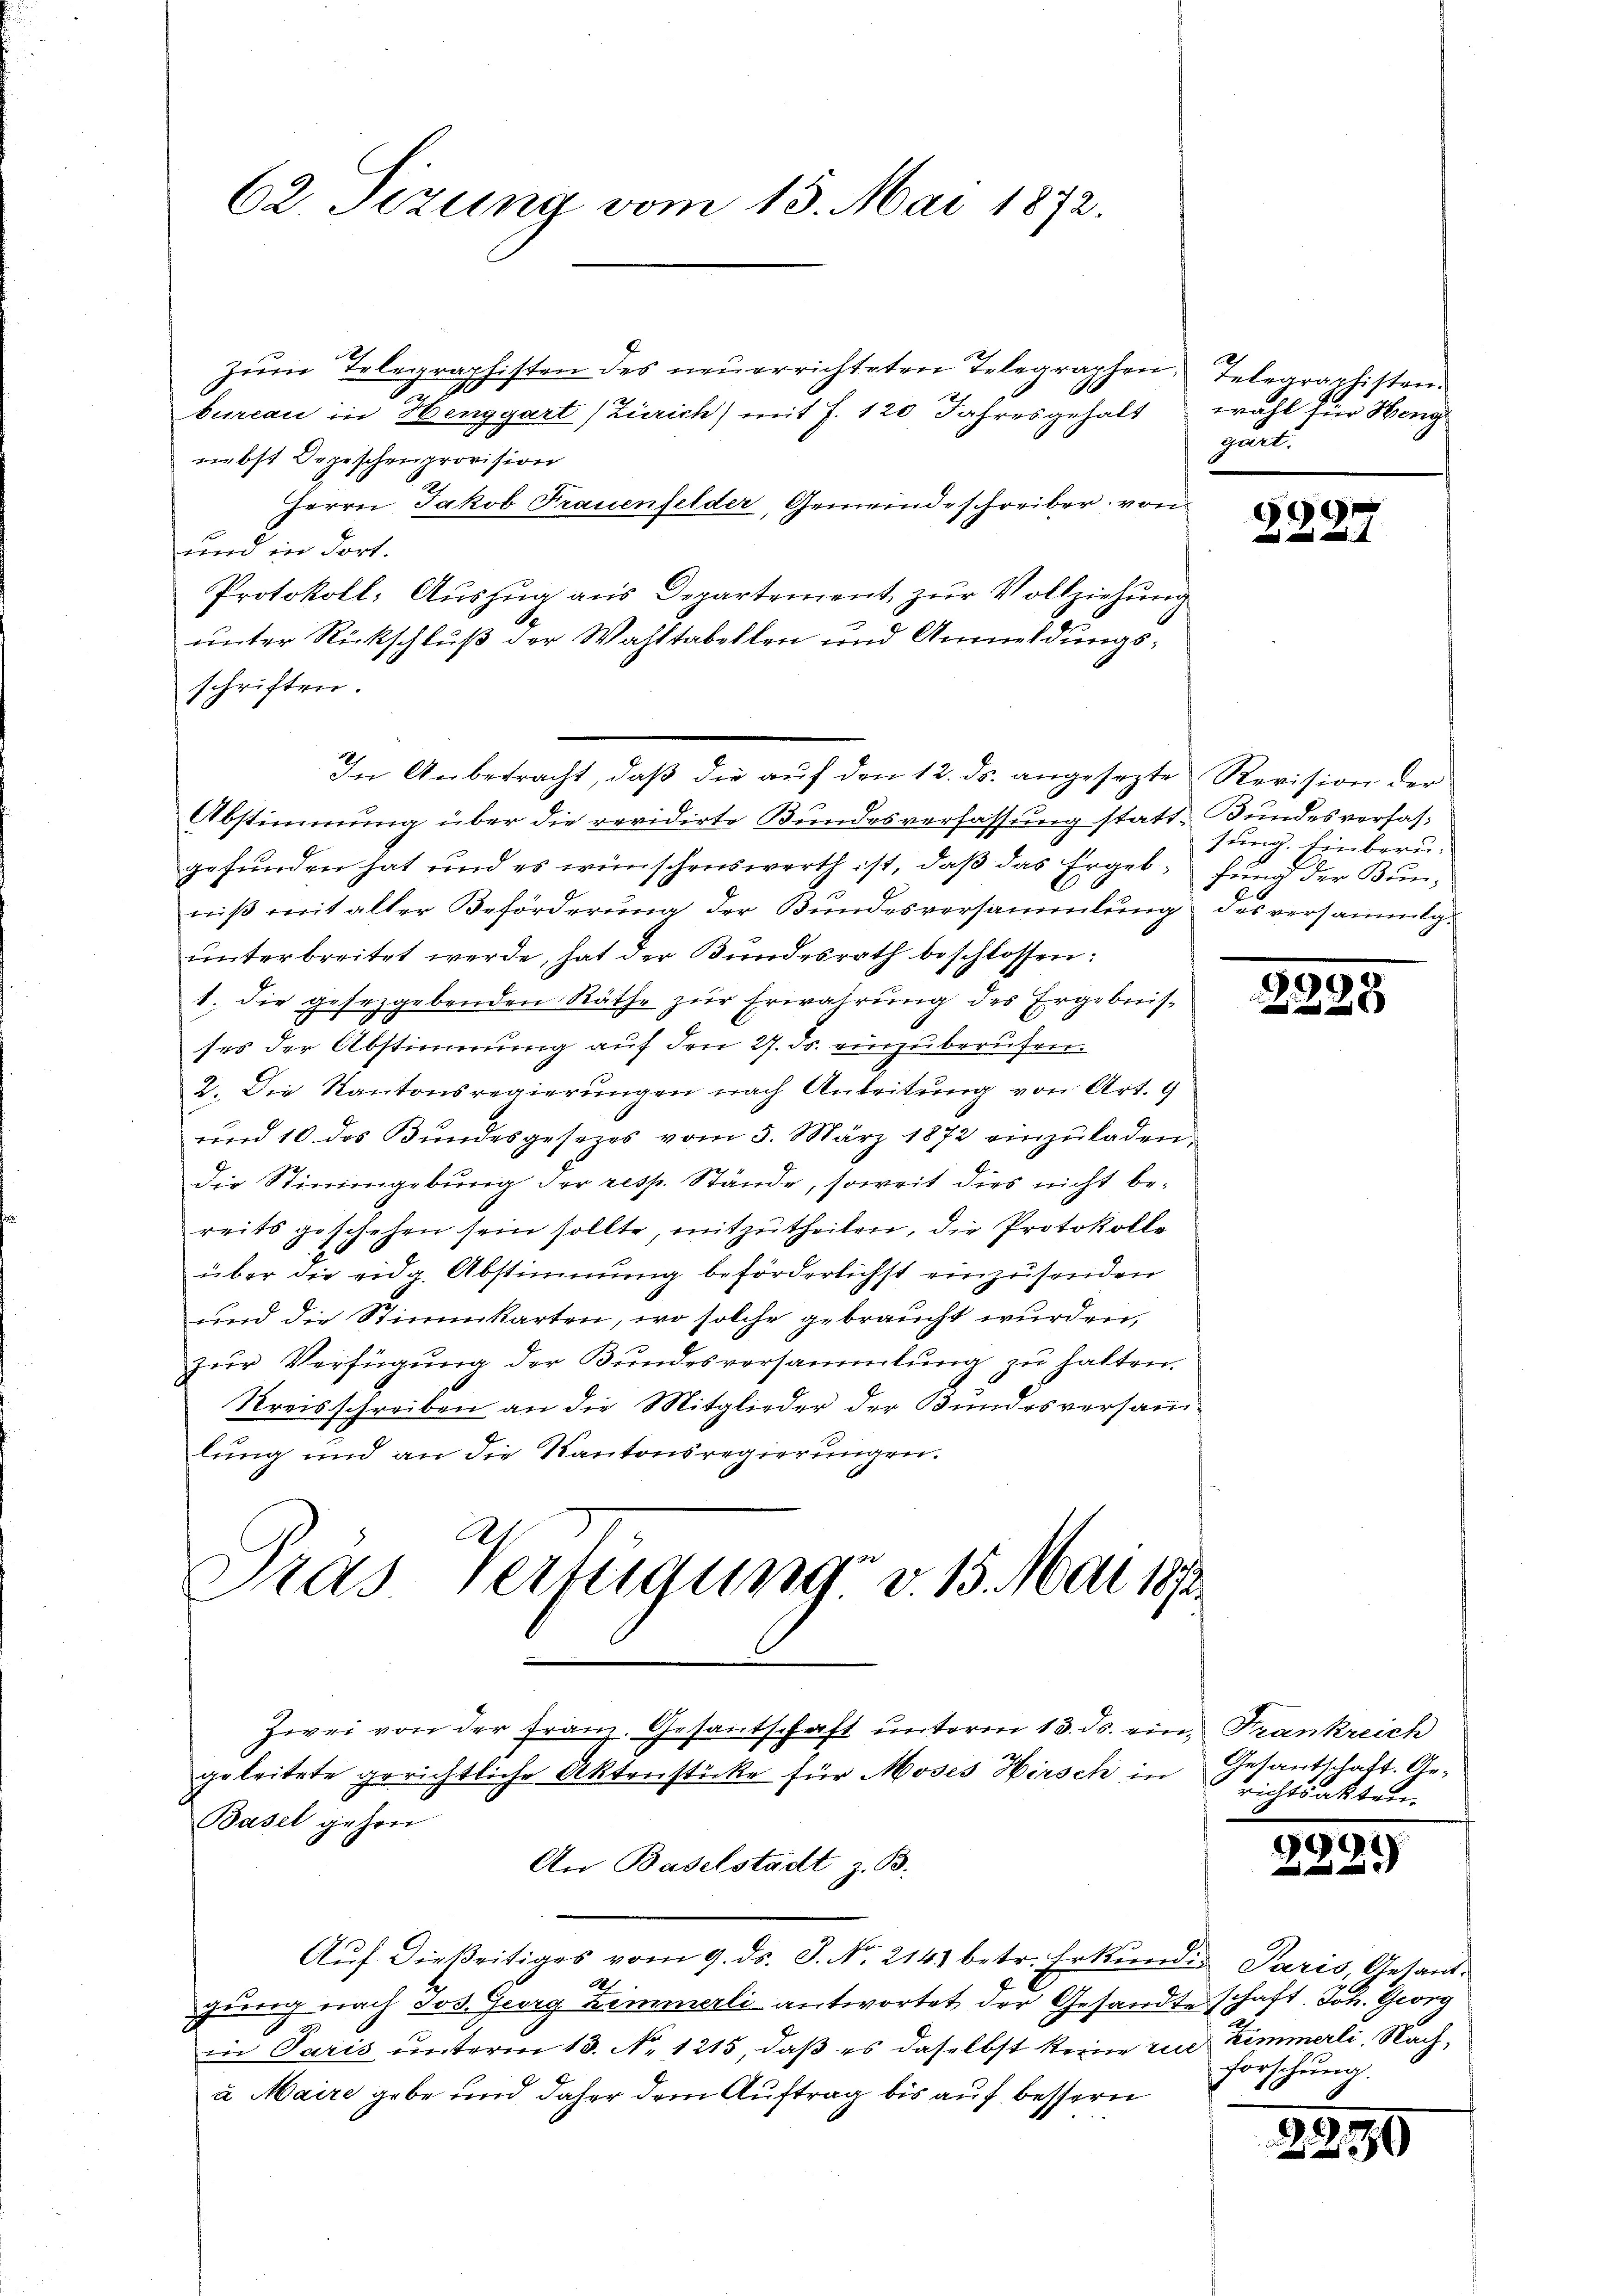
In Anbetracht, daβ die aŭf den 12. ds. angesezte Revision der

f
Pras. Verfügung v. 15. Mai 1812.
Zwei von der Franz. Gesantschaft ŭnterm 13. ds. ein, Frankreich
2.
geleitete gerichtliche Aktenstücke für Moses Wirsch in Gesantschaft. Ge¬
Basel gehen

62. Sizung vom 15. Mai 1872.

de
zŭm Telegraphisten des neŭerrichteten Telegraphen Telegraphisten.
d
bureau in Henggart (Zürich) mit f. 120 Jahresgehalt wohl für Heng
nebst Depeschenprovision
Herrn Jakob Frauenfelder, Gemeindeschreiber, von
und in dort.
Protokoll: Aŭszŭg ans Departement zŭr Vollziehŭng
unter Rückschluß der Wahltabellen und Anmeldungsschriften.
Abstimmung über die revidirte Bundesverfassung statt. Bundesverfasgefunden hat und es wünschenswerth ist, daß das Ergeb- und der Bunniß mit alter Beförderung der Bundesversammlung des versammliŭnterbreitet werde, hat der Kundesrath beschlossen:
1. die gesetzgebenden Räthe zŭr Erwahrung des Ergebnis-
ses der Abstimmung auf den 27. ds. einzuberufen.
2. Die Kantonsregierungen nach Anleitung von Art. 9
und 10 des Bundesgesezes vom 3. März 1872 einzŭladen.
die Stimmgebung der resp. Stände, soweit dies nicht bereits geschehen sein sollte, mitzutheilen, die Protokolle
über die eidg. Abstimmung beförderlichst einzusenden
und die Stimmkarten, wo solche gebraucht wurden,
zŭr Verfügung der Bundesversammlung zu halten.
Kreisschreiben an die Mitglieder der Bundesversamm-
lung und an die Kantonsregierungen.

gart.

An Baselstadt z. B.
Aŭf dießeitiges vom 9. ds. S. No. 2143 betr. Erkundis Paris, Gesand¬
A
gung nach Jos. Georg Zimmerli antwortet der Gesandte schaft. Joh. Georg
d
in Paris unterm 13. No. 1215, daß es daselbst keine rue Zimmerli, Nach¬
u. Maire gebe und daher dem Auftrag bis auf bessern

9

sung. Einberu-
6

richtsakten

)

forschung.

2230